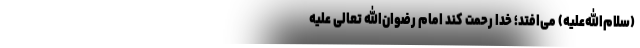
(سلام‌الله‌علیه) می‌افتد؛ خدا رحمت کند امام رضوان‌الله تعالی علیه